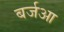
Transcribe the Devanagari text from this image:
बर्जआ